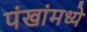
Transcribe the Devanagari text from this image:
पंखांमध्ये